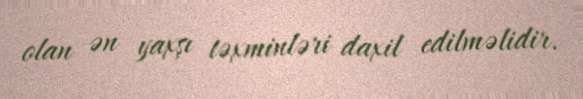
olan ən yaxşı təxminləri daxil edilməlidir.